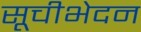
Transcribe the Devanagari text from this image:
सूचीभेदन